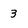
Character: 3